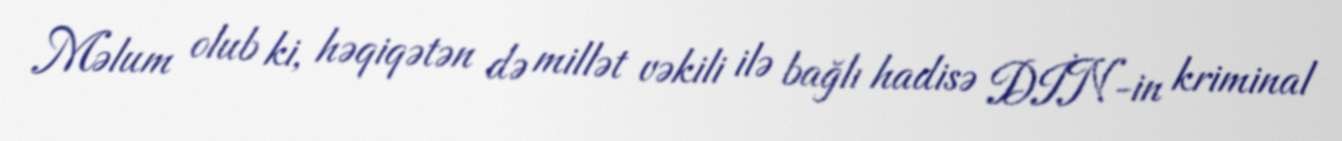
Məlum olub ki, həqiqətən də millət vəkili ilə bağlı hadisə DİN-in kriminal